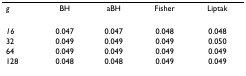
| g | BH | aBH | Fisher | Liptak |
 | --- | --- | --- | --- | --- |
 | 16 | 0.047 | 0.047 | 0.048 | 0.048 |
 | 32 | 0.049 | 0.049 | 0.049 | 0.050 |
 | 64 | 0.049 | 0.049 | 0.049 | 0.049 |
 | 128 | 0.048 | 0.048 | 0.049 | 0.049 |